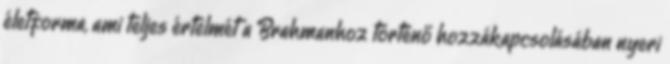
életforma, ami teljes értelmét a Brahmanhoz történő hozzákapcsolásában nyeri